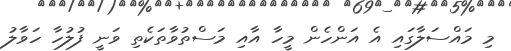
މި މައްސަލާގައި އެ އަންހެން މީހާ އާއި މަސްތުވާތަކެތި ވަނީ ފުލުހާ ހަވާލު